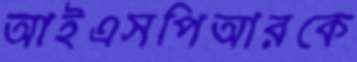
আইএসপিআরকে